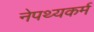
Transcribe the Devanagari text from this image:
नेपथ्यकर्म